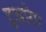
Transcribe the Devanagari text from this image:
टूआरेग